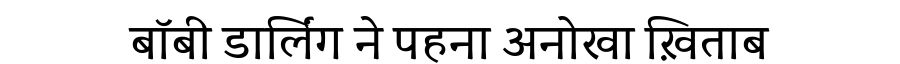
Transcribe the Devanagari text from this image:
बॉबी डार्लिंग ने पहना अनोखा ख़िताब